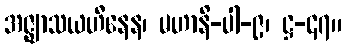
အဇ္ဈာသယဟီနေန၊ မဟာနိ-ပါ-၉၊ ဋ္ဌ-၄၇။